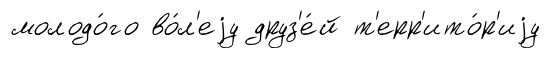
молодо́го во́л'еjу друз'е́й т'ерр'ито́р'иjу